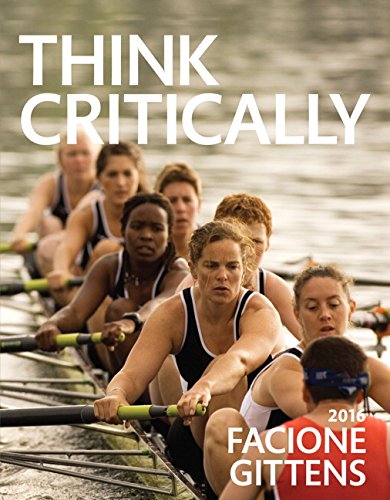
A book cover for THINK Critically (3rd Edition); Peter Facione; Politics & Social Sciences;